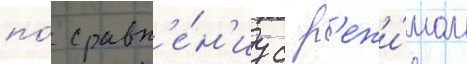
по́ сравн'е́н'иу с р'ежи́мом